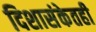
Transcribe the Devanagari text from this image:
दिशासंकेतही